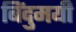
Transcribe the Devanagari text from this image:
बिंदुमयी